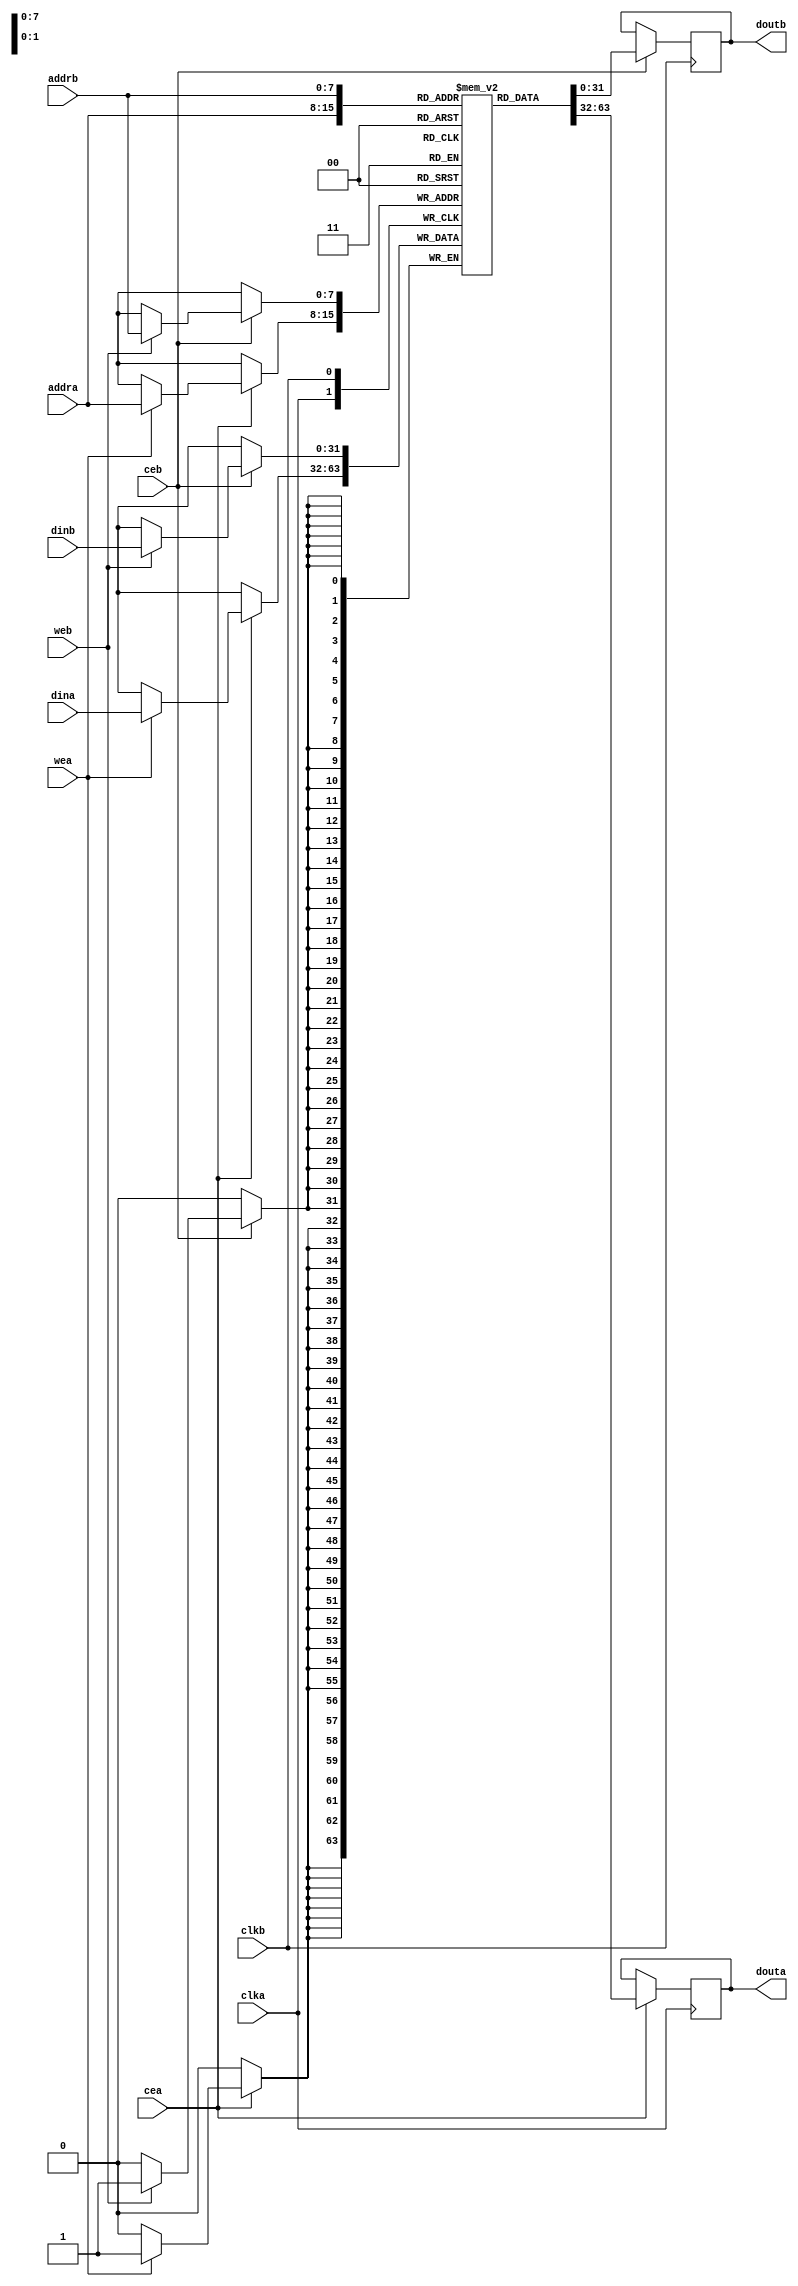
/*
 **
 **
 ** MEM_TYPE
 ** 0 - Single Port Memory
 ** 1 - Simple Dual Port Memory
 ** 2 - True Dual Port Memory
 ** 
 ** SP Interface  SDP Interface  TDP Interface
 ** clka          clka           clka
 ** wea           wea            wea
 ** addra         addra          addra
 ** dina          dina           dina
 ** cea                          cea
 ** douta                        douta
 **                                   
 **               clkb           clkb
 **               addrb          addrb
 **                              dinb
 **               ceb            ceb
 **               doutb          doutb
 */
`timescale 1ns/1ps

module bram
  (
   clka,
   cea,
   wea,
   addra,
   dina,
   douta,

   clkb,
   ceb,
   web,
   addrb,
   dinb,
   doutb
   );
   
   parameter  MEM_TYPE = 2;
   parameter  DATA_W = 32;
   parameter  ADDR_W  = 8;
   parameter  DEPTH = (1 << ADDR_W);
   
   input 		clka;
   input 		cea;
   input 		wea;
   input [ADDR_W-1:0] 	addra;
   input [DATA_W-1:0] 	dina;
   output [DATA_W-1:0] 	douta;

   input 		clkb;
   input                ceb;
   input                web;
   input [ADDR_W-1:0] 	addrb;
   input [DATA_W-1:0] 	dinb;
   output [DATA_W-1:0] 	doutb;

   reg [DATA_W-1:0] 	douta;
   reg [DATA_W-1:0] 	doutb;

   //synthesis attribute ram_style of mem is block 
   (* RAM_STYLE="{AUTO | BLOCK |  BLOCK_POWER1 | BLOCK_POWER2}" *)
   reg [DATA_W-1:0] 	mem[0:DEPTH-1]/* synthesis syn_ramstyle = "block_ram" */;

   always@(posedge clka)
     begin
	if(cea)
	  begin
             if (MEM_TYPE == 0 || MEM_TYPE == 2)
               douta <= #1 mem[addra];
	     if(wea)
	       mem[addra] <= #1 dina;
	  end
     end


   always@(posedge clkb)
     begin
	if(ceb)
	  begin
	     if (MEM_TYPE == 1 || MEM_TYPE == 2)
	       doutb <= #1 mem[addrb];
	     if(web)
	       mem[addrb] <= #1 dinb;
	  end
     end

   // synopsys translate_off
   wire addra_is_over;
   wire addrb_is_over;
   wire error_write;
   assign addra_is_over = (addra > DEPTH-1);
   assign addrb_is_over = (addrb > DEPTH-1);
   assign error_write = wea && (((^addra) === 1'hx) || ((^dina) === 1'hx));

   always@(posedge clka)
     begin
	if ((addra_is_over === 1'h1) && (MEM_TYPE == 0 || MEM_TYPE == 2))
	  begin
	     $display("WARNING: in %m at time %4d ns adra > Max address", $time);
	  end
     end

   always@(posedge clkb)
     begin
	if ((addrb_is_over === 1'h1) && (MEM_TYPE == 1 || MEM_TYPE == 2))
	  begin
	     $display("WARNING: in %m at time %4d ns adrb > Max address", $time);
	  end
     end

   always@(posedge clka)
     begin
	if ((error_write === 1'h1) && (MEM_TYPE == 1 || MEM_TYPE == 2))
	  begin
	     $display("WARNING: in %m at time %4d ns write address or data has x", $time);
	  end
     end
   // synopsys translate_on

   // synopsys translate_off
   integer i;
   initial
     begin
	douta = 0;     
	doutb = 0;     
     end
   // synopsys translate_on

endmodule